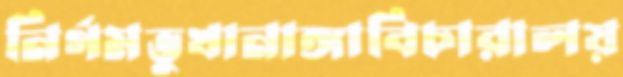
নির্গমভুখানাঙ্গাবিচারালয়